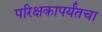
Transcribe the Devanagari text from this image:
परिक्षकापर्यंतचा